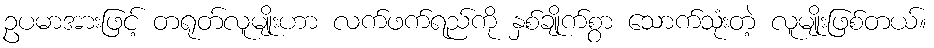
ဥပမာအားဖြင့် တရုတ်လူမျိုးဟာ လက်ဖက်ရည်ကို နှစ်ချိုက်စွာ သောက်သုံးတဲ့ လူမျိုးဖြစ်တယ်။